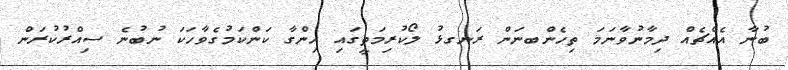
ބުނާ އެއްޗެއް ދިމާނުވާނަމަ ތިހެންބނަން ރަނގޅު ލޯކުރިމަތީގައި ހިންގާ ކަންކަމުގެވާހަކަ ނުބުނެ ސިއްރުކުރަން